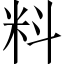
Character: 料